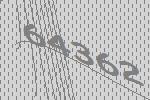
64362